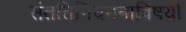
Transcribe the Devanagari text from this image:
संततिनियमनाविषयी